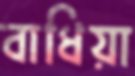
বাধিয়া